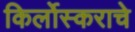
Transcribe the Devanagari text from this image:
किर्लोस्कराचे